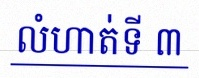
លំហាត់ទី ៣